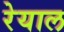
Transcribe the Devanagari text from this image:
रेयाल